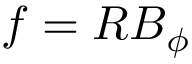
f = R B _ { \phi }